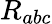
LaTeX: R_{abc}